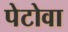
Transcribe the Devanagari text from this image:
पेटोवा